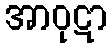
အာဝုဋာ